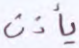
يأذن